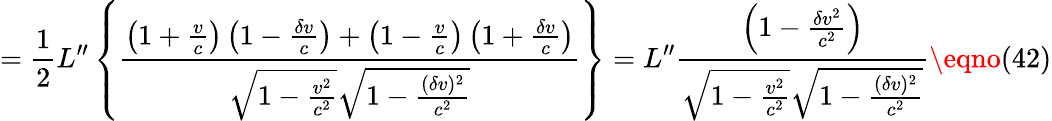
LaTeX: ={\frac{1}{2}}L^{\prime\prime}\left\{ \frac{\left(1+\frac{v}{c}\right)\left(1-\frac{\delta v}{c}\right)+\left(1-\frac{v}{c}\right)\left(1+\frac{\delta v}{c}\right)}{\sqrt{1-\frac{v^{2}}{c^{2}}}\sqrt{1-\frac{(\delta v)^{2}}{c^{2}}}}\right\} =L^{\prime\prime}\frac{\left(1-\frac{\delta v^{2}}{c^{2}}\right)}{\sqrt{1-\frac{v^{2}}{c^{2}}}\sqrt{1-\frac{(\delta v)^{2}}{c^{2}}}}\eqno(42)